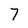
Character: 7